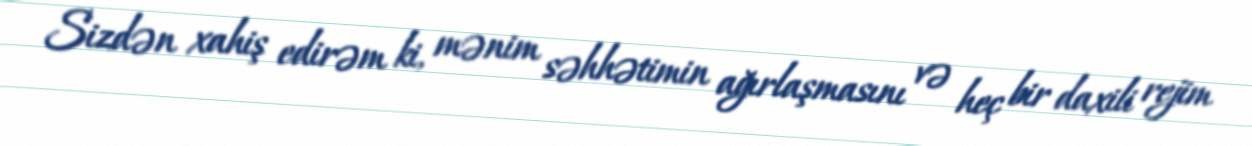
Sizdən xahiş edirəm ki, mənim səhhətimin ağırlaşmasını və heç bir daxili rejim